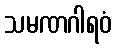
သမဏဂါရဝံ